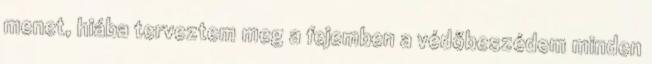
menet, hiába terveztem meg a fejemben a védőbeszédem minden